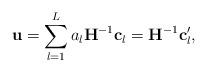
LaTeX: \begin{align*}\mathbf u &= \sum_{l=1}^{L} a_{l} \mathbf H^{-1}\mathbf c_l= \mathbf H^{-1} \mathbf c_l',\end{align*}